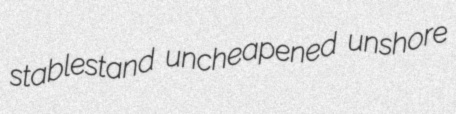
stablestand uncheapened unshore